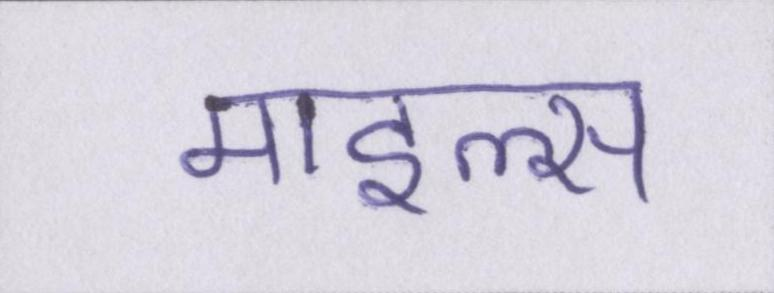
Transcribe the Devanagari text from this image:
माइल्स